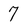
Character: 7